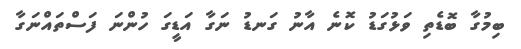
ބިމުގާ ބޮޑެތި ވަޅުގަޑު ކޮނެ އާނު ގަނޑު ނަގާ އަޑީގަ ހުންނަ ފަސްތައްނަގާ